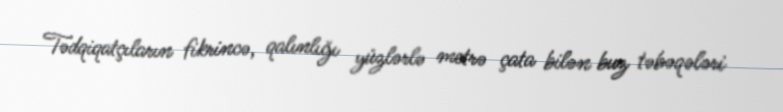
Tədqiqatçıların fikrincə, qalınlığı yüzlərlə metrə çata bilən buz təbəqələri